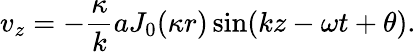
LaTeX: v_{z}=-\frac{\kappa}{k}aJ_{0}(\kappa r)\sin(kz-\omega t+\theta).